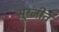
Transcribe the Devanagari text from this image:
सूरजीत